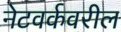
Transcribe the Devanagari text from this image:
नेटवर्कवरील